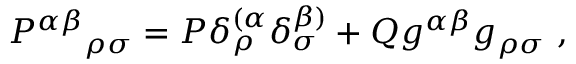
{ P ^ { \alpha \beta } } _ { \rho \sigma } = P \delta _ { \rho } ^ { ( \alpha } \delta _ { \sigma } ^ { \beta ) } + Q g ^ { \alpha \beta } g _ { \rho \sigma } \ ,